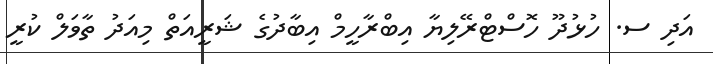
އަދި ސ. ހުޅުދޫ ހޮސްޓްރޭލިޔާ އިބްރާހީމް އިބާދުގެ ޝަރީއަތް މިއަދު ތާވަލް ކުރީ